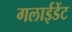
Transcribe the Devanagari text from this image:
गलाईडेंट